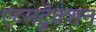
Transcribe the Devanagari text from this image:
एब्सट्रैक्शन